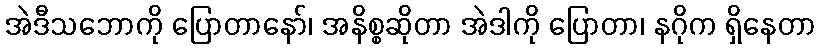
အဲဒီသဘောကို ပြောတာနော်၊ အနိစ္စဆိုတာ အဲဒါကို ပြောတာ၊ နဂိုက ရှိနေတာ